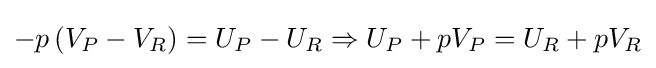
-p\left({V_{P}-V_{R}}\right)=U_{P}-U_{R}\Rightarrow U_{P}+pV_{P}=U_{R}+pV_{R}